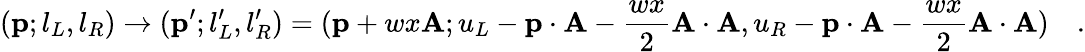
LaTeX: ({\mathbf p};l_{L},l_{R})\to({\mathbf p}^{\prime};l_{L}^{\prime},l_{R}^{\prime})=({\mathbf p}+wx{\mathbf A};u_{L}-{\mathbf p}\cdot{\mathbf A}-{\frac{wx}{2}}{\mathbf A}\cdot{\mathbf A},u_{R}-{\mathbf p}\cdot{\mathbf A}-{\frac{wx}{2}}{\mathbf A}\cdot{\mathbf A})\quad.